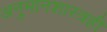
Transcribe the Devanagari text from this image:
अनुमानशास्त्रही